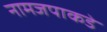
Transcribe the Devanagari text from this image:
नामजपाकडे